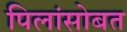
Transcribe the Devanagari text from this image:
पिलांसोबत